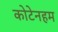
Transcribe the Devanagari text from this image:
कोटेनहम